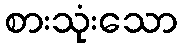
စားသုံးသော